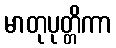
မာတုပုတ္တိကာ